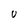
Character: U